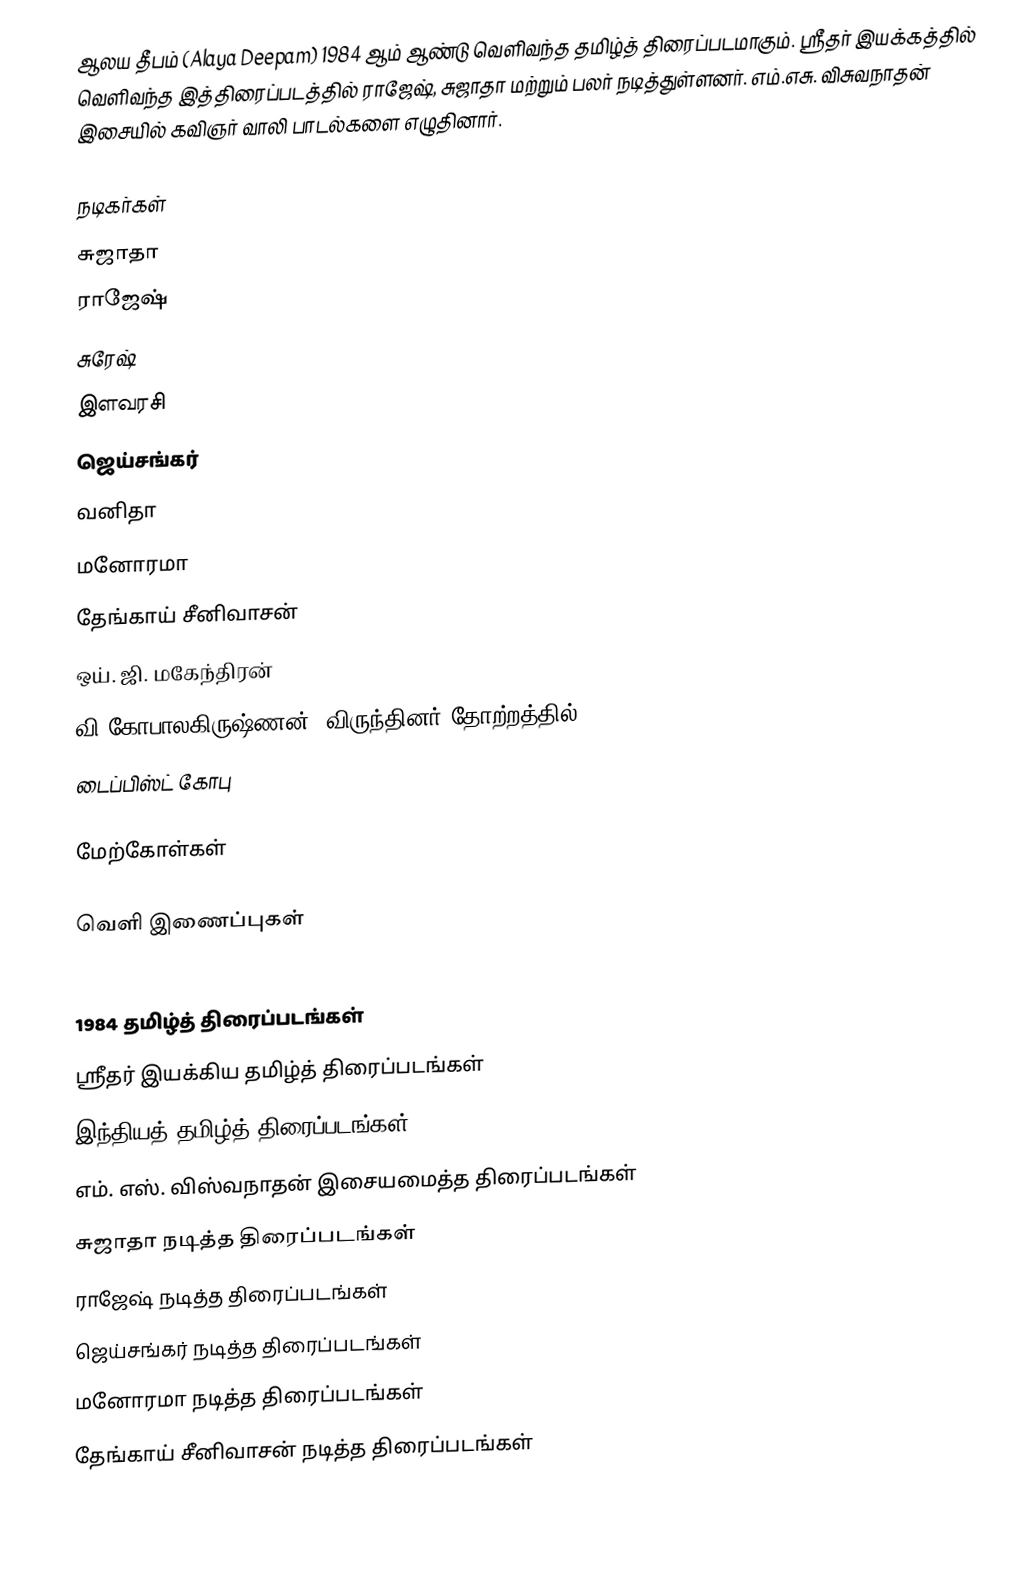
ஆலய தீபம் (Alaya Deepam) 1984 ஆம் ஆண்டு வெளிவந்த தமிழ்த் திரைப்படமாகும். ஸ்ரீதர் இயக்கத்தில் வெளிவந்த இத்திரைப்படத்தில் ராஜேஷ், சுஜாதா மற்றும் பலர் நடித்துள்ளனர். எம்.எசு. விசுவநாதன் இசையில் கவிஞர் வாலி பாடல்களை எழுதினார்.

நடிகர்கள்
 சுஜாதா
 ராஜேஷ்
 சுரேஷ்
 இளவரசி
 ஜெய்சங்கர்
 வனிதா
 மனோரமா
 தேங்காய் சீனிவாசன்
 ஒய். ஜி. மகேந்திரன்
 வி.கோபாலகிருஷ்ணன்- விருந்தினர் தோற்றத்தில்
 டைப்பிஸ்ட் கோபு

மேற்கோள்கள்

வெளி இணைப்புகள்

1984 தமிழ்த் திரைப்படங்கள்
ஸ்ரீதர் இயக்கிய தமிழ்த் திரைப்படங்கள்
இந்தியத் தமிழ்த் திரைப்படங்கள்
எம். எஸ். விஸ்வநாதன் இசையமைத்த திரைப்படங்கள்
சுஜாதா நடித்த திரைப்படங்கள்
ராஜேஷ் நடித்த திரைப்படங்கள்
ஜெய்சங்கர் நடித்த திரைப்படங்கள்
மனோரமா நடித்த திரைப்படங்கள்
தேங்காய் சீனிவாசன் நடித்த திரைப்படங்கள்